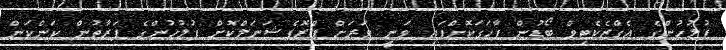
ފުލުހުންގެ އެގްޒެކެޓިވް ބޯޑުން ފާހަގަކޮށްފައި ވަނީ ވަރަށް ޕްރޮފެޝަނަލްކޮށް ފުލުހުންގެ ފަރާތުން ކަންކަން